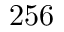
2 5 6